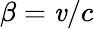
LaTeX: \beta=\mathit{v}/c